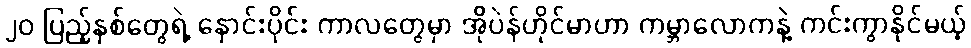
၂၀ ပြည့်နှစ်တွေရဲ့ နှောင်းပိုင်း ကာလတွေမှာ အိုပဲန်ဟိုင်မာဟာ ကမ္ဘာလောကနဲ့ ကင်းကွာနိုင်မယ့်